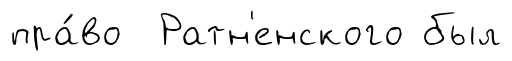
пра́во Ратн'енского был